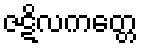
ဇဋိလကတ္တေ